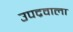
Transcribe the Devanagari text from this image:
उपद्रवाला